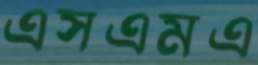
এসএমএ